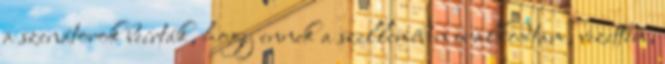
a szenátorok beírták, hogy ennek a szellemében uralkodtam, vezettem,